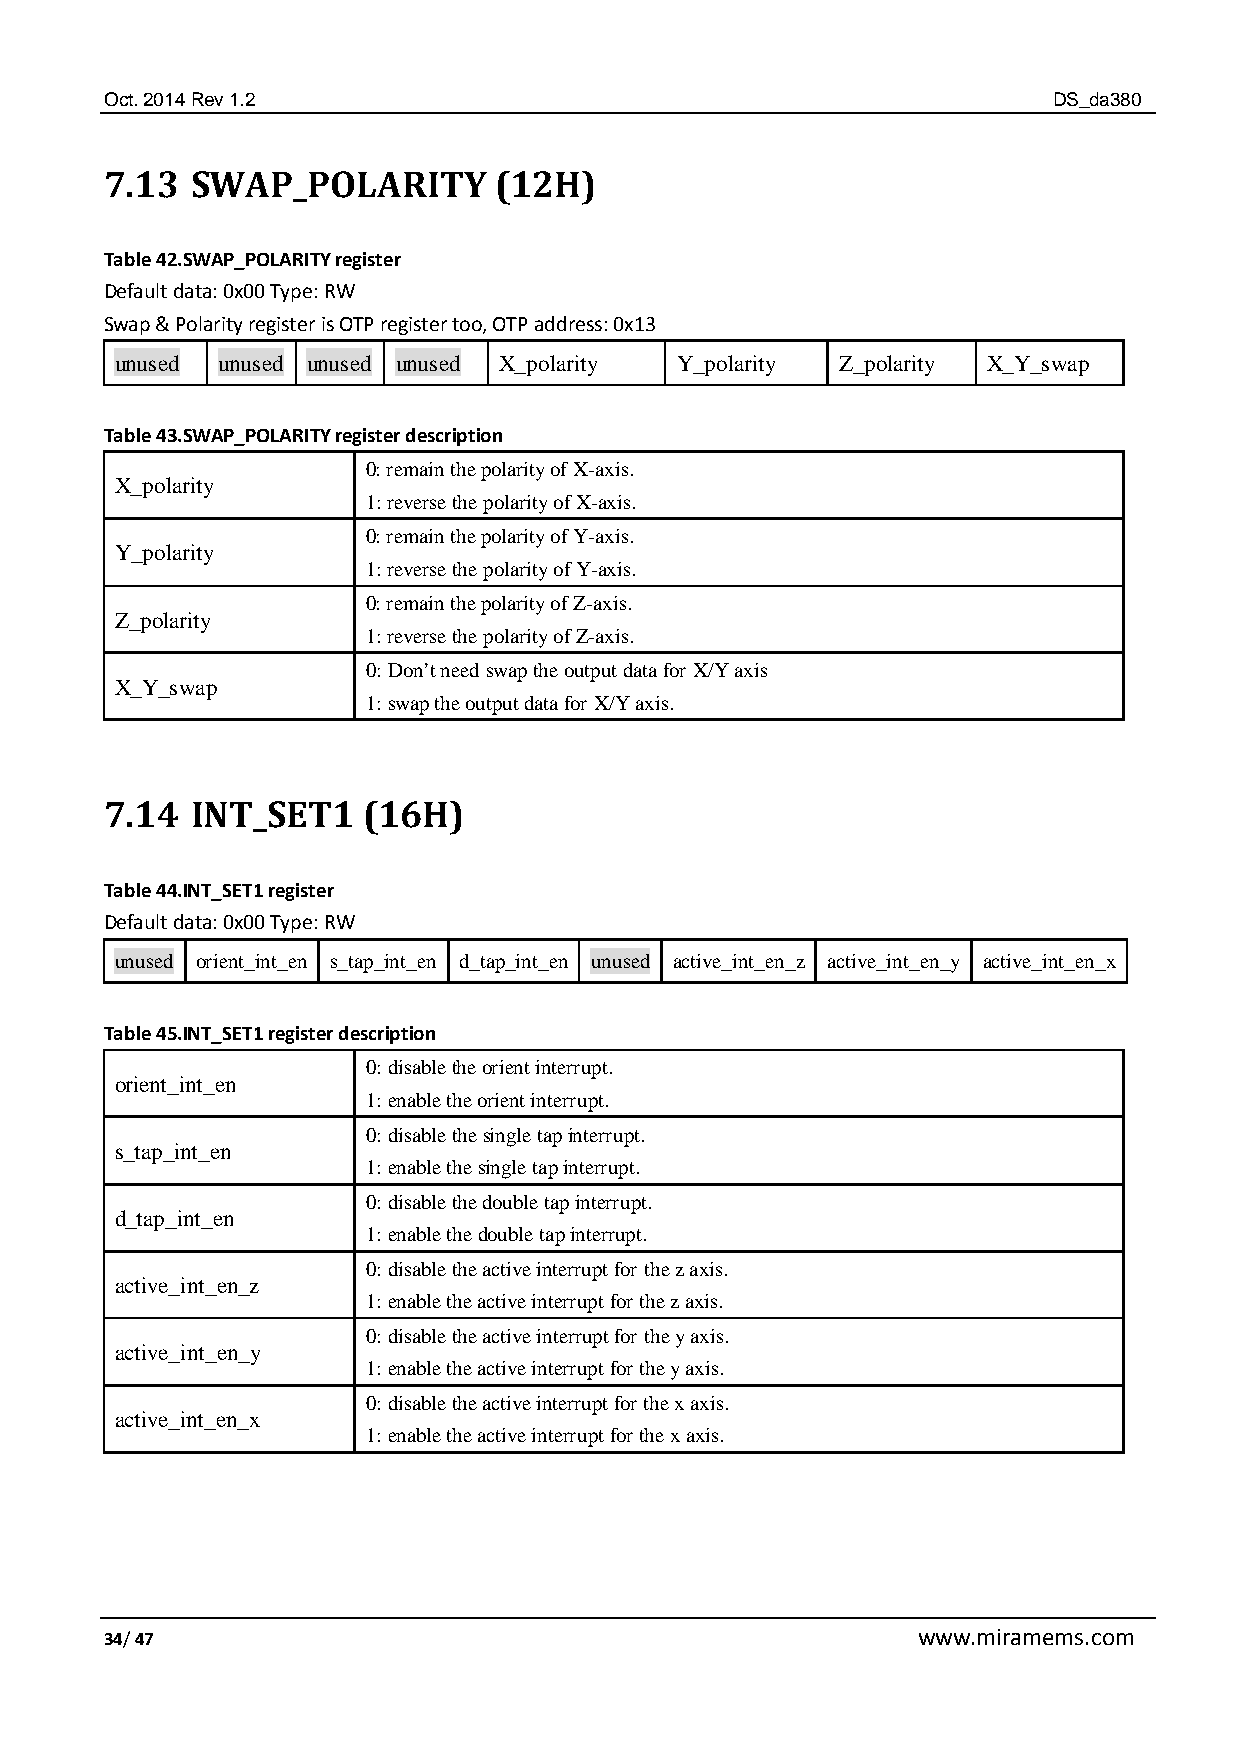
Oct. 2014 Rev 1.2                                              DS_da380
 7.13  SWAP_POLARITY       (12H)
 Table 42.SWAP_POLARITY register
 Default data: 0x00 Type: RW
 Swap & Polarity register is OTP register too, OTP address: 0x13
 unused unused unused unused X_polarity Y_polarity Z_polarity X_Y_swap
 Table 43.SWAP_POLARITY register description
 0: remain the polarity of X-axis.
 X_polarity
 1: reverse the polarity of X-axis.
 0: remain the polarity of Y-axis.
 Y_polarity
 1: reverse the polarity of Y-axis.
 0: remain the polarity of Z-axis.
 Z_polarity
 1: reverse the polarity of Z-axis.
 0: Don’t need swap the output data for X/Y axis
 X_Y_swap
 1: swap the output data for X/Y axis.
 7.14  INT_SET1   (16H)
 Table 44.INT_SET1 register
 Default data: 0x00 Type: RW
 unused orient_int_en s_tap_int_en d_tap_int_en unused active_int_en_z active_int_en_y active_int_en_x
 Table 45.INT_SET1 register description
 0: disable the orient interrupt.
 orient_int_en
 1: enable the orient interrupt.
 0: disable the single tap interrupt.
 s_tap_int_en
 1: enable the single tap interrupt.
 0: disable the double tap interrupt.
 d_tap_int_en
 1: enable the double tap interrupt.
 0: disable the active interrupt for the z axis.
 active_int_en_z
 1: enable the active interrupt for the z axis.
 0: disable the active interrupt for the y axis.
 active_int_en_y
 1: enable the active interrupt for the y axis.
 0: disable the active interrupt for the x axis.
 active_int_en_x
 1: enable the active interrupt for the x axis.
 34/ 47                                                www.miramems.com